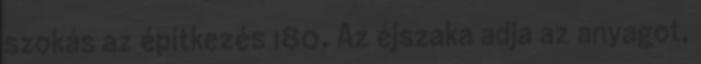
szokás az építkezés 180. Az éjszaka adja az anyagot,